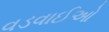
વડવાઈઓ